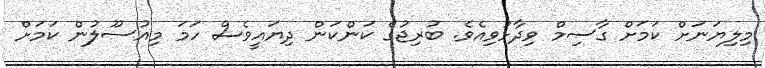
މިލިޔަނަށް ކަމަށް ގާސިމް ވިދާޅުވިއެވެ. ބުރިޖުގެ ކަންކަން ދިޔައީވެސް ހަމަ މިއުސޫލުން ކަމަށް